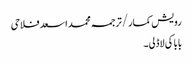
رویش کمار/ترجمہ محمد اسعد فلاحی
بابا کی لاڈلی۔